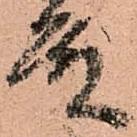
殿